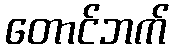
တောင်ဘက်